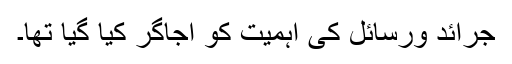
جرائد ورسائل کی اہمیت کو اجاگر کیا گیا تھا۔